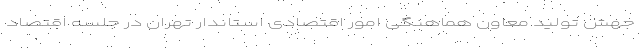
جهش تولید معاون هماهنگی امور اقتصادی استاندار تهران در جلسه اقتصاد